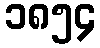
၁၈၅၄